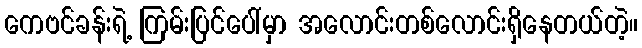
ကေဗင်ခန်းရဲ့ ကြမ်းပြင်ပေါ်မှာ အလောင်းတစ်လောင်းရှိနေတယ်တဲ့။